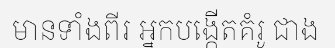
មានទាំងពីរ អ្នកបង្កើតគំរូ ជាង